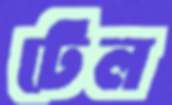
টেল